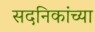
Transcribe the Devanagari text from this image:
सदनिकांच्या